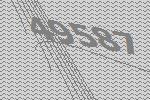
49587